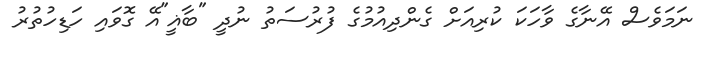
ނަމަވެސް އޭނާގެ ވާހަކަ ކުރިއަށް ގެންދިއުމުގެ ފުރުސަތު ނުދީ "ބާޣީ"އޭ ގޮވައި ހަޑިހުތުރު